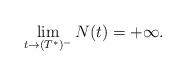
LaTeX: \begin{align*} \lim_{t\rightarrow (T^*)^{-}}N(t)=+\infty. \end{align*}